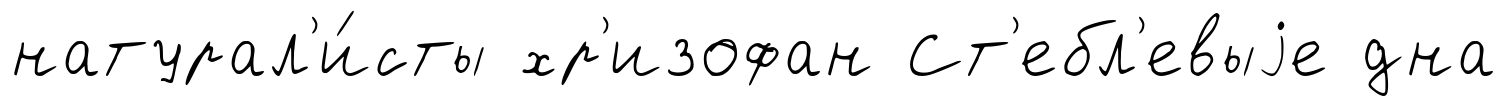
натурал'и́сты хр'изофан Ст'ебл'евыjе дна